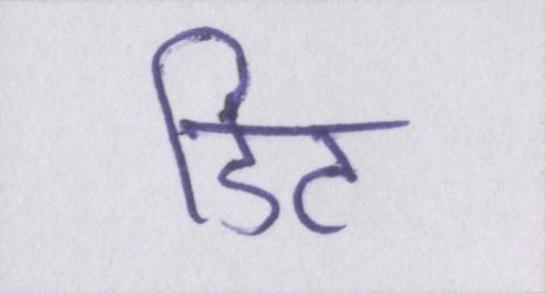
डिट